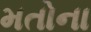
મતોના